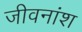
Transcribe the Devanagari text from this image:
जीवनांश